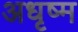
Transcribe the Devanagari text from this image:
अधृष्म